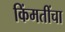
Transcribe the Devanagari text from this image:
किंमतींचा